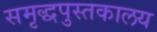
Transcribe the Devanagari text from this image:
समृद्धपुस्तकालय